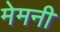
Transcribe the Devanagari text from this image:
मेमनी